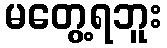
မတွေ့ရဘူး